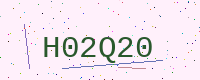
Text: H02Q20